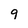
Character: 9